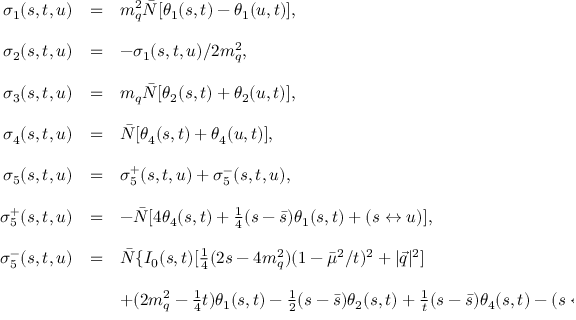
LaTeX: \begin{array} { r c l } { { \sigma _ { 1 } ( s , t , u ) } } & { { = } } & { { m _ { q } ^ { 2 } \bar { N } [ \theta _ { 1 } ( s , t ) - \theta _ { 1 } ( u , t ) ] , } } \\ { { } } & { { } } & { { } } \\ { { \sigma _ { 2 } ( s , t , u ) } } & { { = } } & { { - \sigma _ { 1 } ( s , t , u ) / 2 m _ { q } ^ { 2 } , } } \\ { { } } & { { } } & { { } } \\ { { \sigma _ { 3 } ( s , t , u ) } } & { { = } } & { { m _ { q } \bar { N } [ \theta _ { 2 } ( s , t ) + \theta _ { 2 } ( u , t ) ] , } } \\ { { } } & { { } } & { { } } \\ { { \sigma _ { 4 } ( s , t , u ) } } & { { = } } & { { \bar { N } [ \theta _ { 4 } ( s , t ) + \theta _ { 4 } ( u , t ) ] , } } \\ { { } } & { { } } & { { } } \\ { { \sigma _ { 5 } ( s , t , u ) } } & { { = } } & { { \sigma _ { 5 } ^ { + } ( s , t , u ) + \sigma _ { 5 } ^ { - } ( s , t , u ) , } } \\ { { } } & { { } } & { { } } \\ { { \ \sigma _ { 5 } ^ { + } ( s , t , u ) } } & { { = } } & { { - \bar { N } [ 4 \theta _ { 4 } ( s , t ) + { \frac { 1 } { 4 } } ( s - \bar { s } ) \theta _ { 1 } ( s , t ) + ( s \leftrightarrow u ) ] , } } \\ { { } } & { { } } & { { } } \\ { { \ \sigma _ { 5 } ^ { - } ( s , t , u ) } } & { { = } } & { { \bar { N } \{ I _ { 0 } ( s , t ) [ { \frac { 1 } { 4 } } ( 2 s - 4 m _ { q } ^ { 2 } ) ( 1 - \bar { \mu } ^ { 2 } / t ) ^ { 2 } + | \vec { q } | ^ { 2 } ] } } \\ { { } } & { { } } & { { } } \\ { { } } & { { } } & { { + ( 2 m _ { q } ^ { 2 } - { \frac { 1 } { 4 } } t ) \theta _ { 1 } ( s , t ) - { \frac { 1 } { 2 } } ( s - \bar { s } ) \theta _ { 2 } ( s , t ) + { \frac { 1 } { t } } ( s - \bar { s } ) \theta _ { 4 } ( s , t ) - ( s \leftrightarrow u ) \} . } } \end{array}